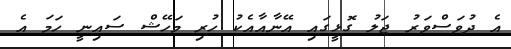
އެ ދުވަސްވަރު ޖަލު ގޮޅީގައި އޭނާއާއެކު ހުރި މަހޭޝް ސައިނީ ހަމަ އެ